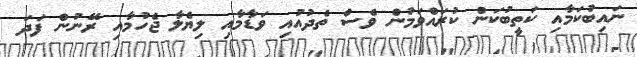
ނައިބުކަމާއި ކަތީބުކަން ކުރައްވަމުން ވެސް ތެދުއުއި ވަޑާމާއި ލިޔެލާ ޖެހުމާއި ރޭނުން ފަދަ